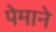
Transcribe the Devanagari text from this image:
पेमाने